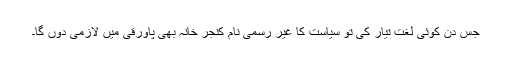
جس دن کوئی لغت تیار کی تو سیاست کا غیر رسمی نام کنجر خانہ بھی پاورقی میں لازمی دوں گا۔